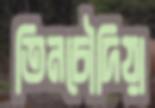
তিনচৌদিয়া